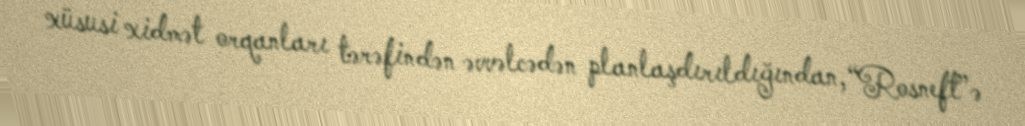
xüsusi xidmət orqanları tərəfindən əvvəlcədən planlaşdırıldığından, “Rosneft”ə